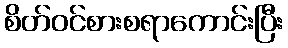
စိတ်ဝင်စားစရာကောင်းပြီး